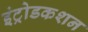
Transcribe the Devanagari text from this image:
इंट्रोडकशन